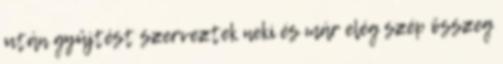
után gyűjtést szerveztek neki és már elég szép összeg